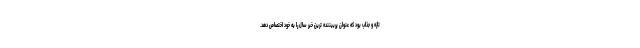
تازه و جذاب بود که عنوان پربیننده ترین خبر سال را به خود اختصاص دهد.